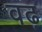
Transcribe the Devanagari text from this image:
वढ़